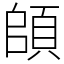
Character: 頧